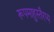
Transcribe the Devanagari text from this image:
रूपमाहुस्तैरप्य